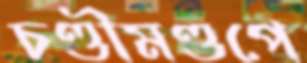
চণ্ডীমণ্ডপে